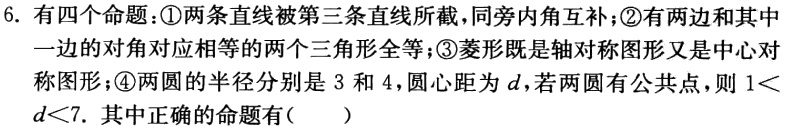
6. 有四个命题：\textcircled{1}两条直线被第三条直线所截，同旁内角互补；\textcircled{2}有两边和其中一边的对角对应相等的两个三角形全等；\textcircled{3}菱形既是轴对称图形又是中心对称图形；\textcircled{4}两圆的半径分别是 3 和 4，圆心距为\(d\)，若两圆有公共点，则\(1 < d<7\). 其中正确的命题有(  )